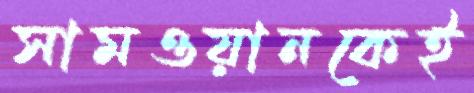
সামওয়ানকেই